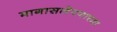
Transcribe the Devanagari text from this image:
मागासलेपणाच्या